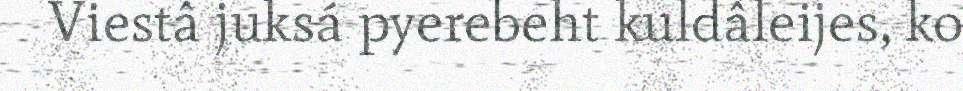
Viestâ juksá pyerebeht kuldâleijes, ko